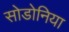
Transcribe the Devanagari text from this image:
सोडोनिया